Civil Veterinary Dept. Bombay admin report 1923-31 - 1923-1931
Year: 1923
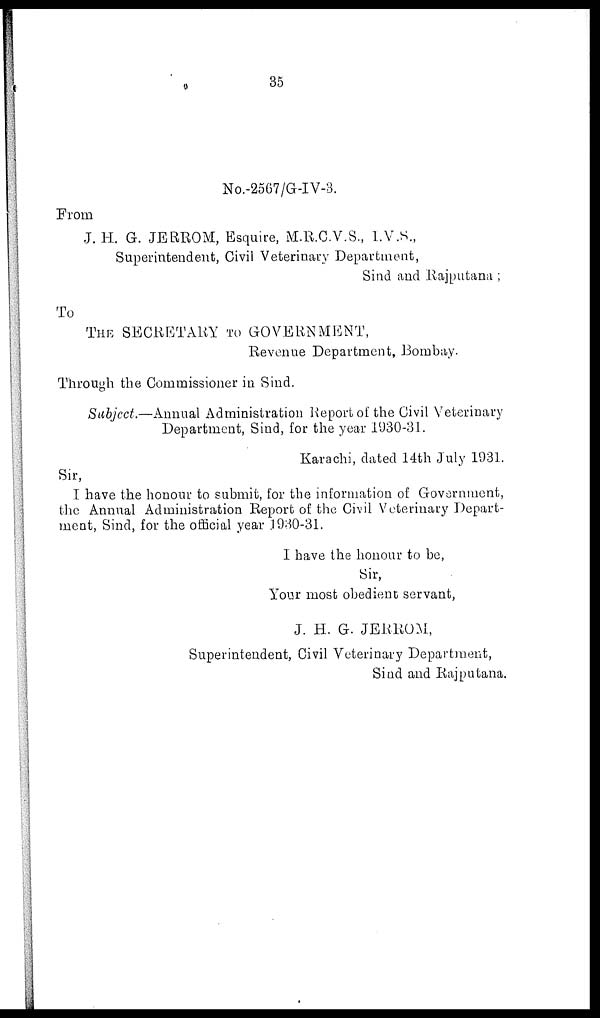
35
No.-2567/G-IV-3.
From
J. H. G. JERROM, Esquire, M.R.C.V.S., I.V.S.,
Superintendent, Civil Veterinary Department,
Sind and Rajputana;
To
THE SECRETARY TO GOVERNMENT,
Revenue Department, Bombay.
Through the Commissioner in Sind.
Subject.—Annual Administration Report of the Civil Veterinary
Department, Sind, for the year 1930-31.
Karachi, dated 14th July 1931.
Sir,
I have the honour to submit, for the information of Government,
the Annual Administration Report of the Civil Veterinary Depart-
ment, Sind, for the official year .1930-31.
I have the honour to be,
Sir,
Your most obedient servant,
J. H. G. JERROM,
Superintendent, Civil Veterinary Department,
Sind and Rajputana.